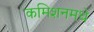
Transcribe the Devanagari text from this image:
कमिशनमधे